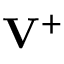
{ { \bf V } } ^ { + }